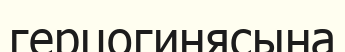
герцогинясына